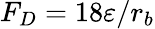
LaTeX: F_{D}=18\varepsilon/r_{b}